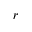
r